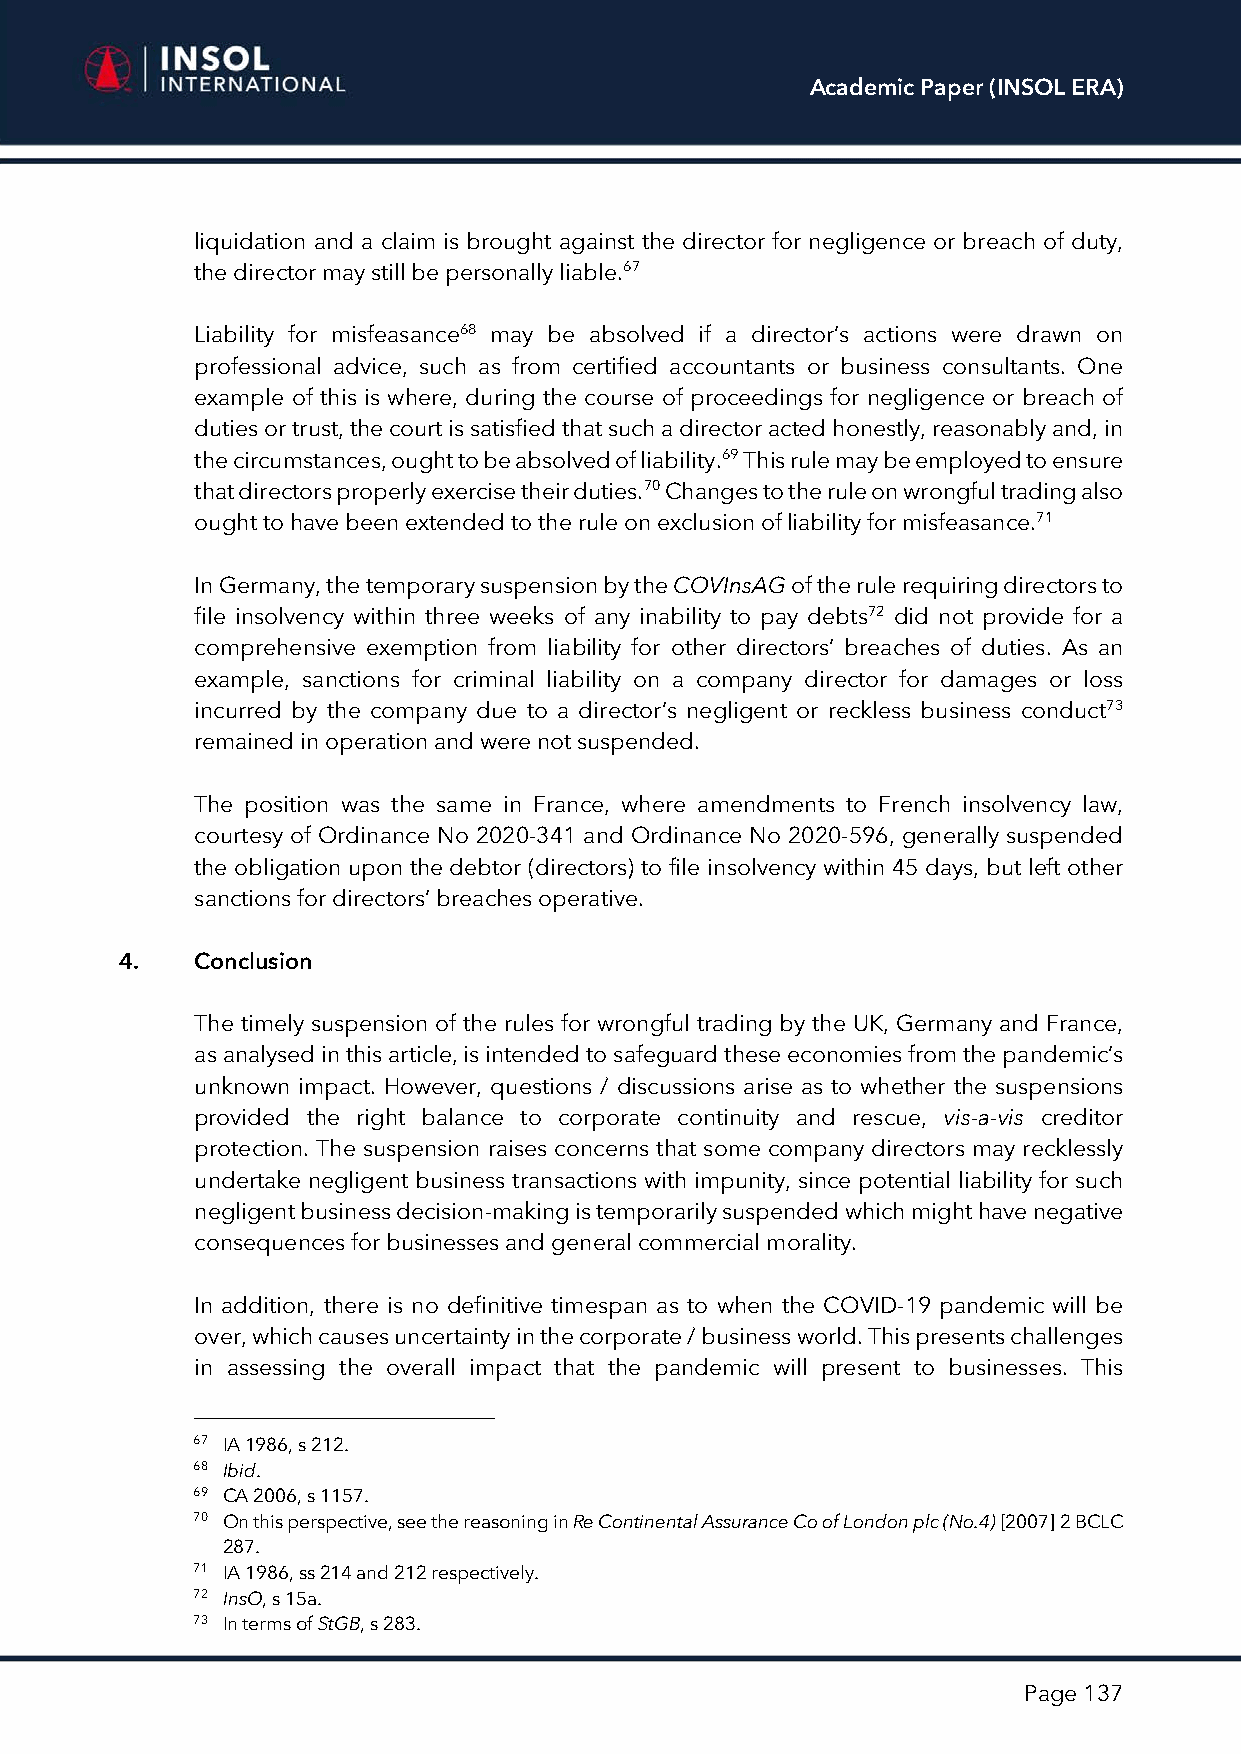
Academic Paper (INSOL ERA)
 liquidation and a claim is brought against the director for negligence or breach of duty,
 the director may still be personally liable.67
 Liability for misfeasance68 may be absolved if a director’s actions were drawn on
 professional advice, such as from certified accountants or business consultants. One
 example of this is where, during the course of proceedings for negligence or breach of
 duties or trust, the court is satisfied that such a director acted honestly, reasonably and, in
 the circumstances, ought to be absolved of liability.69 This rule may be employed to ensure
 that directors properly exercise their duties.70 Changes to the rule on wrongful trading also
 ought to have been extended to the rule on exclusion of liability for misfeasance.71
 In Germany, the temporary suspension by the COVInsAG of the rule requiring directors to
 file insolvency within three weeks of any inability to pay debts72 did not provide for a
 comprehensive exemption from liability for other directors’ breaches of duties. As an
 example, sanctions for criminal liability on a company director for damages or loss
 incurred by the company due to a director’s negligent or reckless business conduct73
 remained in operation and were not suspended.
 The position was the same in France, where amendments to French insolvency law,
 courtesy of Ordinance No 2020-341 and Ordinance No 2020-596, generally suspended
 the obligation upon the debtor (directors) to file insolvency within 45 days, but left other
 sanctions for directors’ breaches operative.
 4.   Conclusion
 The timely suspension of the rules for wrongful trading by the UK, Germany and France,
 as analysed in this article, is intended to safeguard these economies from the pandemic’s
 unknown impact. However, questions / discussions arise as to whether the suspensions
 provided the right balance to corporate continuity and rescue, vis-a-vis creditor
 protection. The suspension raises concerns that some company directors may recklessly
 undertake negligent business transactions with impunity, since potential liability for such
 negligent business decision-making is temporarily suspended which might have negative
 consequences for businesses and general commercial morality.
 In addition, there is no definitive timespan as to when the COVID-19 pandemic will be
 over, which causes uncertainty in the corporate / business world. This presents challenges
 in assessing the overall impact that the pandemic will present to businesses. This
 67 IA 1986, s 212.
 68 Ibid.
 69 CA 2006, s 1157.
 70 On this perspective, see the reasoning in Re Continental Assurance Co of London plc (No.4) [2007] 2 BCLC
 287.
 71 IA 1986, ss 214 and 212 respectively.
 72 InsO, s 15a.
 73 In terms of StGB, s 283.
 Page 137